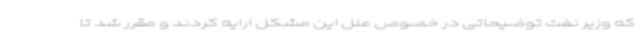
که وزیر نفت توضیحاتی در خصوص علل این مشکل ارایه کردند و مقرر شد تا